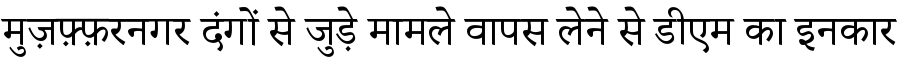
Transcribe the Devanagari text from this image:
मुज़फ़्फ़रनगर दंगों से जुड़े मामले वापस लेने से डीएम का इनकार